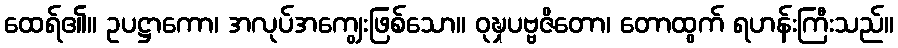
ထေရ်၏။ ဥပဋ္ဌာကော၊ အလုပ်အကျွေးဖြစ်သော။ ဝုဍ္ဎှပဗ္ဗဇိတော၊ တောထွက် ရဟန်းကြီးသည်။